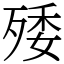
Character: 𣨙